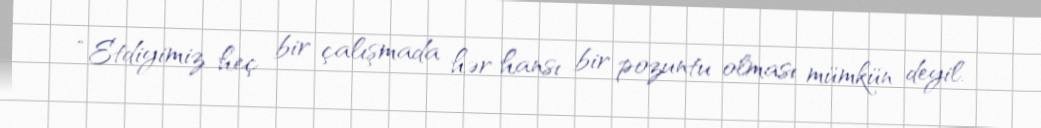
“Etdiyimiz heç bir çalışmada hər hansı bir pozuntu olması mümkün deyil.